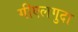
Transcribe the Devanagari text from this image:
गीएलगुदा